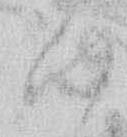
ハ